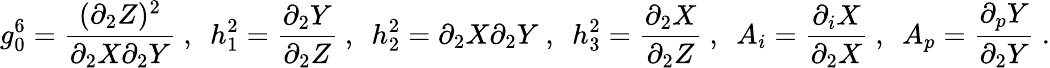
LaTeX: g_{0}^{6}=\frac{(\partial_{2}Z)^{2}}{\partial_{2}X\partial_{2}Y}~,~~h_{1}^{2}=\frac{\partial_{2}Y}{\partial_{2}Z}~,~~h_{2}^{2}=\partial_{2}X\partial_{2}Y~,~~h_{3}^{2}=\frac{\partial_{2}X}{\partial_{2}Z}~,~~A_{i}=\frac{\partial_{i}X}{\partial_{2}X}~,~~A_{p}=\frac{\partial_{p}Y}{\partial_{2}Y}~.